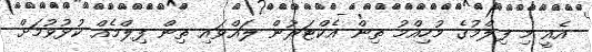
އެއީ މި ފިލްމުގެ މުހިއްމު ތިން އެކްޓަރުން ލައްވައި ތިން ފިލްމެއް ކުޅުވުމަށް